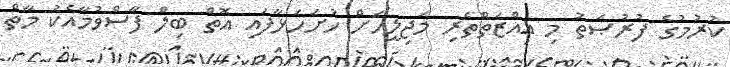
ކުރުމުގެ ފުރުޞަތު މި ޢިއްޒަތްތެރި މަޖިލީހަށް ހުށަހަޅާފައި އޮތް ބިލް ފާސްވުމާއެކު މާތް